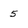
Character: 5